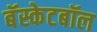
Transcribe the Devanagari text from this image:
बॅस्केटबॉल